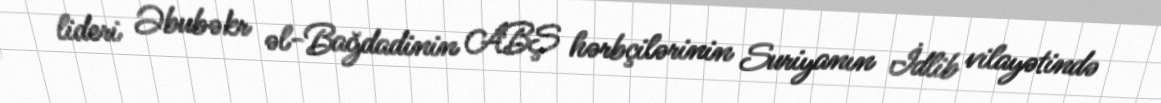
lideri Əbubəkr əl-Bağdadinin ABŞ hərbçilərinin Suriyanın İdlib vilayətində